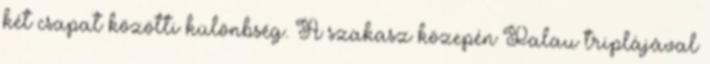
két csapat közötti különbség. A szakasz közepén Palau triplájával